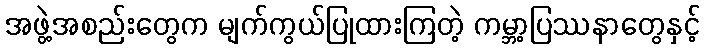
အဖွဲ့အစည်းတွေက မျက်ကွယ်ပြုထားကြတဲ့ ကမ္ဘာ့ပြဿနာတွေနှင့်